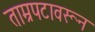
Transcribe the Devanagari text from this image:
ताम्रपटावरून